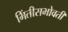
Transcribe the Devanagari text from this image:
भिंतीसभोवती